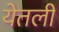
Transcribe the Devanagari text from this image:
येतली